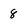
Character: 8